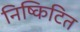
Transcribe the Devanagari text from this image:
निष्किटित